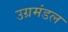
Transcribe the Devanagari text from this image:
उग्रमंडल